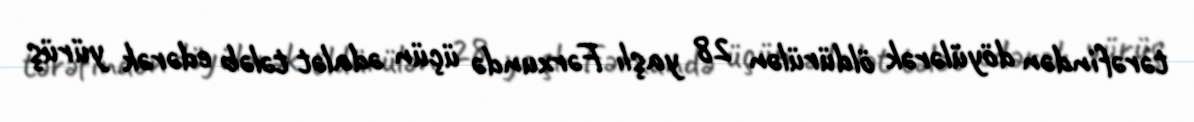
tərəfindən döyülərək öldürülən 28 yaşlı Fərxundə üçün ədalət tələb edərək yürüş